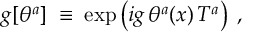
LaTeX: g [ \theta ^ { a } ] \; \equiv \; \exp \left( i g \, \theta ^ { a } ( x ) \, T ^ { a } \right) \; ,